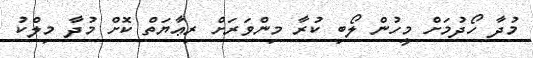
މުދާ ހޯދުމަށް މީހުން ލޯބި ކުރާ މިންވަރަށް ރިޢާޔަތް ކޮށް މުދާ މިލްކު